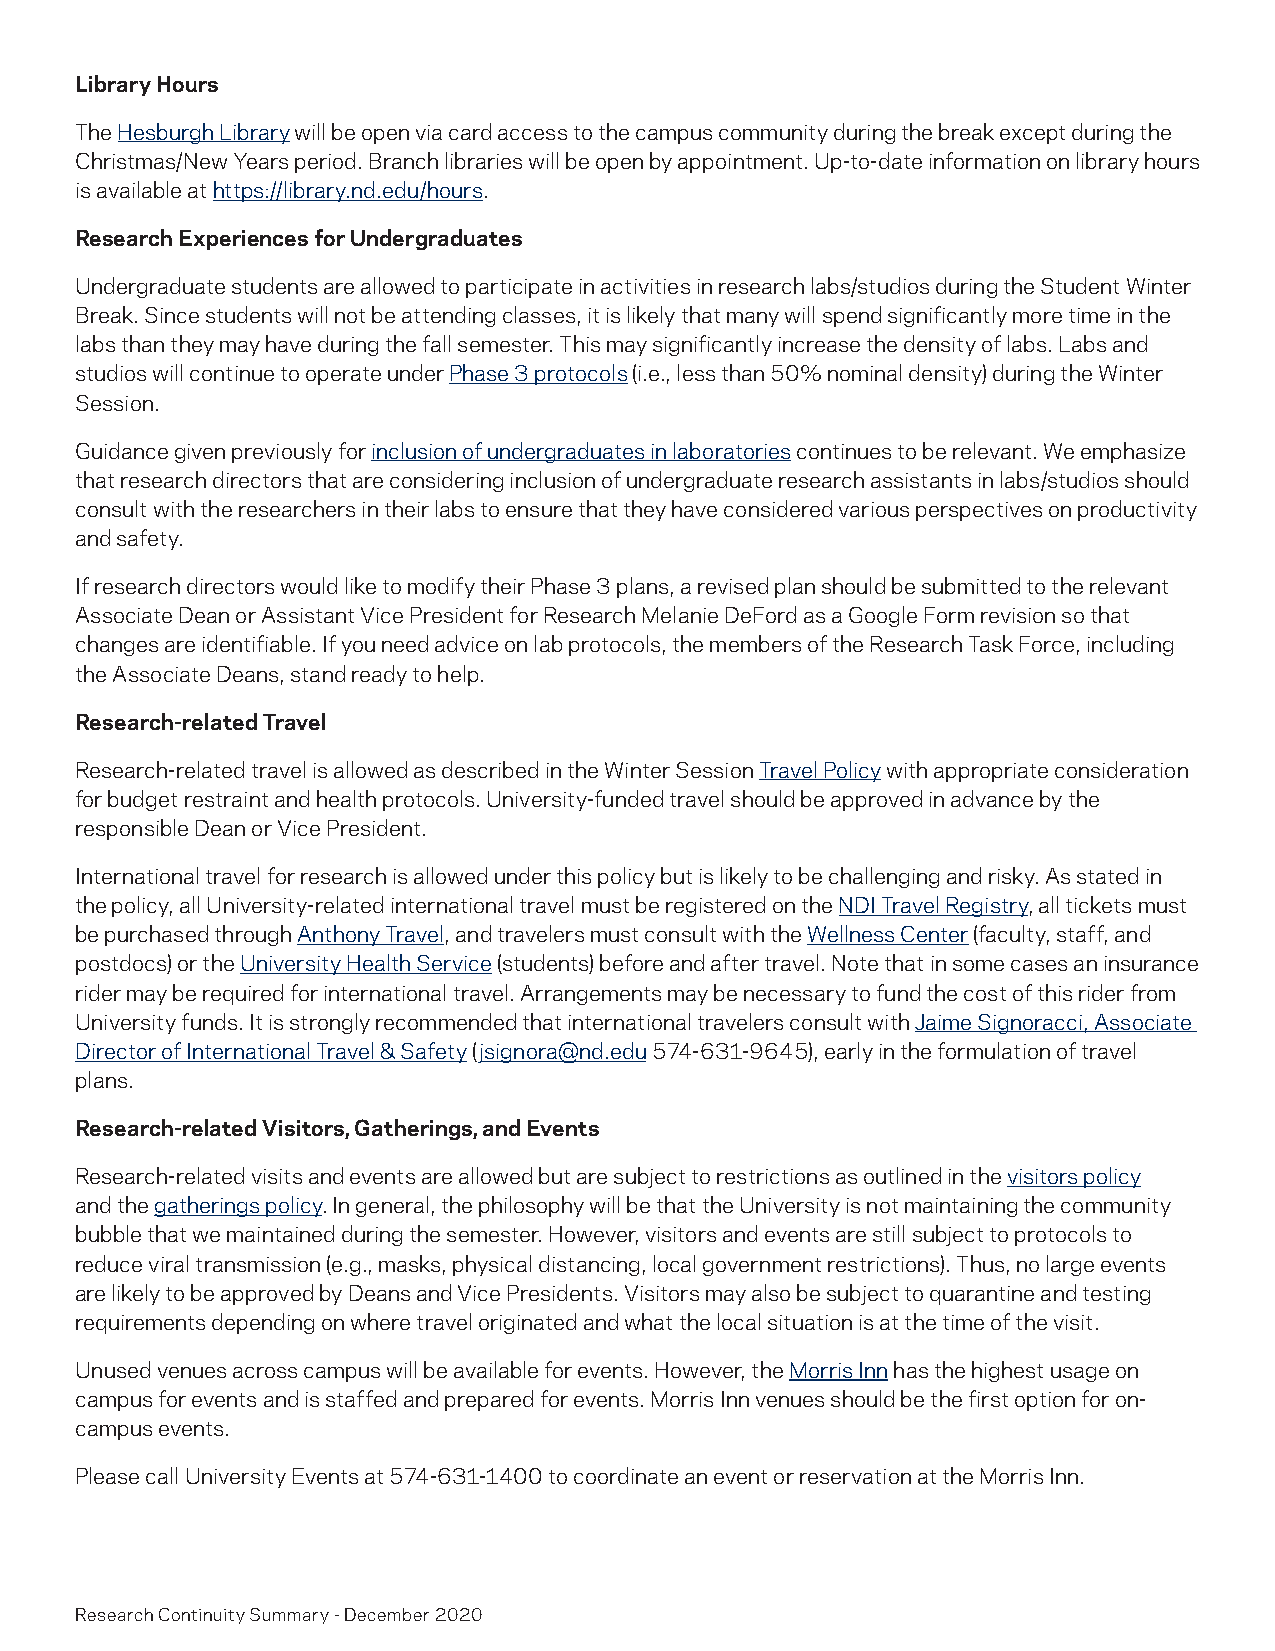
Library Hours
 The Hesburgh Library will be open via card access to the campus community during the break except during the
 Christmas/New Years period. Branch libraries will be open by appointment. Up-to-date information on library hours
 is available at https://library.nd.edu/hours.
 Research Experiences for Undergraduates
 Undergraduate students are allowed to participate in activities in research labs/studios during the Student Winter
 Break. Since students will not be attending classes, it is likely that many will spend significantly more time in the
 labs than they may have during the fall semester. This may significantly increase the density of labs. Labs and
 studios will continue to operate under Phase 3 protocols (i.e., less than 50% nominal density) during the Winter
 Session.
 Guidance given previously for inclusion of undergraduates in laboratories continues to be relevant. We emphasize
 that research directors that are considering inclusion of undergraduate research assistants in labs/studios should
 consult with the researchers in their labs to ensure that they have considered various perspectives on productivity
 and safety.
 If research directors would like to modify their Phase 3 plans, a revised plan should be submitted to the relevant
 Associate Dean or Assistant Vice President for Research Melanie DeFord as a Google Form revision so that
 changes are identifiable. If you need advice on lab protocols, the members of the Research Task Force, including
 the Associate Deans, stand ready to help.
 Research-related Travel
 Research-related travel is allowed as described in the Winter Session Travel Policy with appropriate consideration
 for budget restraint and health protocols. University-funded travel should be approved in advance by the
 responsible Dean or Vice President.
 International travel for research is allowed under this policy but is likely to be challenging and risky. As stated in
 the policy, all University-related international travel must be registered on the NDI Travel Registry, all tickets must
 be purchased through Anthony Travel, and travelers must consult with the Wellness Center (faculty, staff, and
 postdocs) or the University Health Service (students) before and after travel. Note that in some cases an insurance
 rider may be required for international travel. Arrangements may be necessary to fund the cost of this rider from
 University funds. It is strongly recommended that international travelers consult with Jaime Signoracci, Associate
 Director of International Travel & Safety (jsignora@nd.edu 574-631-9645), early in the formulation of travel
 plans.
 Research-related Visitors, Gatherings, and Events
 Research-related visits and events are allowed but are subject to restrictions as outlined in the visitors policy
 and the gatherings policy. In general, the philosophy will be that the University is not maintaining the community
 bubble that we maintained during the semester. However, visitors and events are still subject to protocols to
 reduce viral transmission (e.g., masks, physical distancing, local government restrictions). Thus, no large events
 are likely to be approved by Deans and Vice Presidents. Visitors may also be subject to quarantine and testing
 requirements depending on where travel originated and what the local situation is at the time of the visit.
 Unused venues across campus will be available for events. However, the Morris Inn has the highest usage on
 campus for events and is staffed and prepared for events. Morris Inn venues should be the first option for on-
 campus events.
 Please call University Events at 574-631-1400 to coordinate an event or reservation at the Morris Inn.
 Research Continuity Summary - December 2020